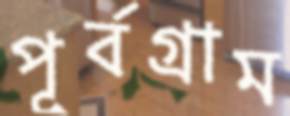
পূর্বগ্রাম